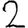
Digit: 2